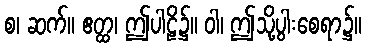
စ၊ ဆက်။ ဧတ္ထ၊ ဤပါဠိ၌။ ဝါ၊ ဤသို့ပွါးစေရာ၌။